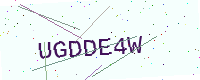
Text: UGDDE4W